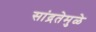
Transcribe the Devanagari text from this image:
सांद्रतेमुळे